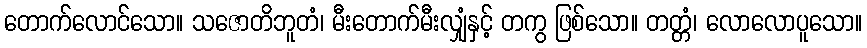
တောက်လောင်သော။ သဇောတိဘူတံ၊ မီးတောက်မီးလျှံနှင့် တကွ ဖြစ်သော။ တတ္တံ၊ လောလောပူသော။